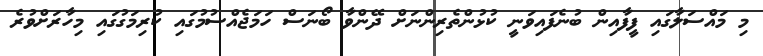
މި މައްސަލާގައި ފީފާއިން ބުނެފައިވަނީ ކުޅުންތެރިންނަށް ދޭންވާ ބޯނަސް ހަމަޖެއްސުމުގައި ކުރިމަގުގައި މިހާރަށްވުރެ